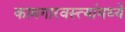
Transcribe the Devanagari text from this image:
कामगारवस्त्यांमध्ये